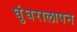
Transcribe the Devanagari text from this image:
घुंघरालापन